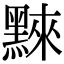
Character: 𪑚